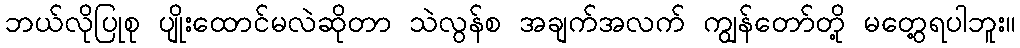
ဘယ်လိုပြုစု ပျိုးထောင်မလဲဆိုတာ သဲလွန်စ အချက်အလက် ကျွန်တော်တို့ မတွေ့ရပါဘူး။